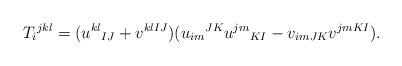
\begin{align*}T_i{}^{jkl}=(u^{kl}{}_{IJ}+v^{klIJ})(u_{im}{}^{JK}u^{jm}{}_{KI}-v_{imJK}v^{jmKI}).\end{align*}